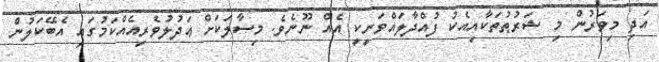
އަދި މިވަރުން މި ޝަރުޠުތަކާއިއެކު ފުއްދާލައްވަނީކީ އެއް ނޫނެވެ. މިސާލަކަށް ޢަދުލުވެރިއެއްކަމުގައި އެބޭކަލުން